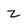
Character: z